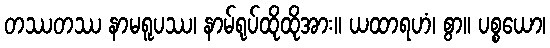
တဿတဿ နာမရူပဿ၊ နာမ်ရုပ်ထိုထိုအား။ ယထာရဟံ၊ စွာ။ ပစ္စယော၊